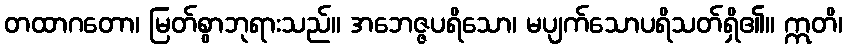
တထာဂတော၊ မြတ်စွာဘုရားသည်။ အဘေဇ္ဇပရိသော၊ မပျက်သောပရိသတ်ရှိ၏။ ဣတိ၊